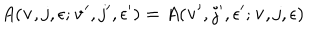
A ( { \bf v } , j , \epsilon ; { \bf v } ^ { \prime } , j ^ { \prime } , \epsilon ^ { \prime } ) = A ( { \bf v } ^ { \prime } , j ^ { \prime } , \epsilon ^ { \prime } ; { \bf v } , j , \epsilon )